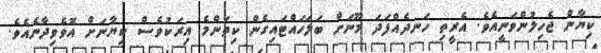
ކިޔާން ޖެހިލުންވަނީއެވެ. އެރީތި ހަނދެއްފަދަ މޫނަށް ބަލަހައްޓައިގެން ކިތަންމެ އިރަކުވެސް ކިޔާނަށް އޮވެވިދާނެއެވެ.